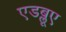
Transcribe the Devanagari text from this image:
एडब्लूए